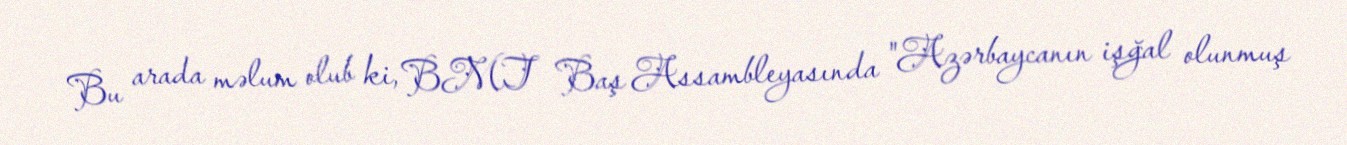
Bu arada məlum olub ki, BMT Baş Assambleyasında "Azərbaycanın işğal olunmuş